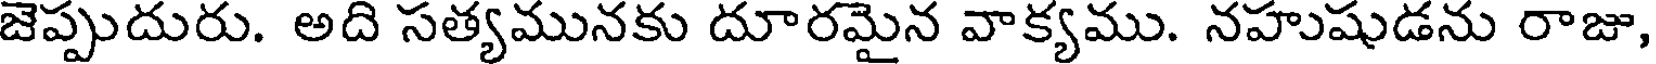
జెప్పుదురు. అది సత్యమునకు దూరమైన వాక్యము. నహుషుడను రాజు,